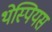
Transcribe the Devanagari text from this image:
थेस्पियस